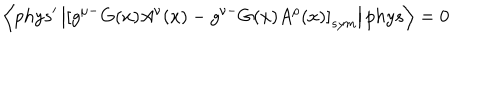
\left\langle p h y s ^ { \prime } \left| \left[ g ^ { \mu - } G ( x ) A ^ { \nu } ( x ) - g ^ { \nu - } G ( x ) A ^ { \rho } ( x ) \right] _ { s y m } \right| p h y s \right\rangle = 0